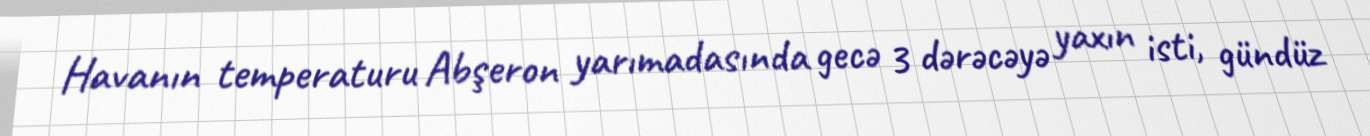
Havanın temperaturu Abşeron yarımadasında gecə 3 dərəcəyə yaxın isti, gündüz